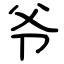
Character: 爷